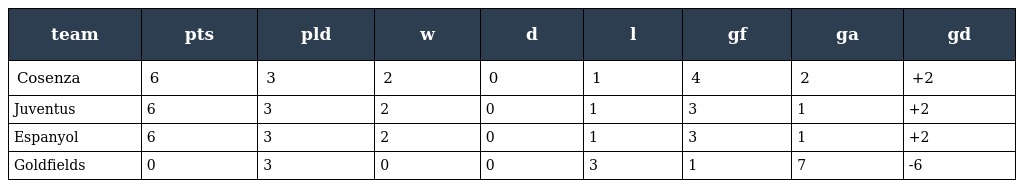
| team | pts | pld | w | d | l | gf | ga | gd |
 | --- | --- | --- | --- | --- | --- | --- | --- | --- |
 | Cosenza | 6 | 3 | 2 | 0 | 1 | 4 | 2 | +2 |
 | Juventus | 6 | 3 | 2 | 0 | 1 | 3 | 1 | +2 |
 | Espanyol | 6 | 3 | 2 | 0 | 1 | 3 | 1 | +2 |
 | Goldfields | 0 | 3 | 0 | 0 | 3 | 1 | 7 | -6 |